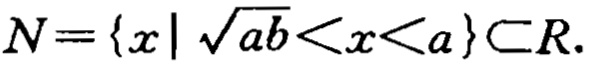
$N = \{ x\mid\sqrt{ab}<x<a\} \subset R.$